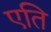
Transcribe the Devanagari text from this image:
एति